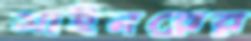
মাইনরের